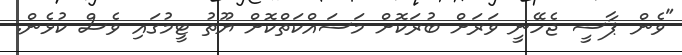
"ވެން ޕާސީ ޖެހޭނީ ވަރަށް ބުރަކޮށް މަސައްކަތްކޮށް ޔޫތު ޓީމުގައި ވެސް ކުޅެން.